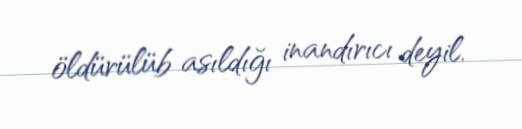
öldürülüb asıldığı inandırıcı deyil.